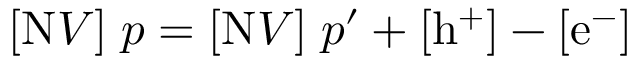
[ \mathrm { N } V ] \; p = [ \mathrm { N } V ] \; p ^ { \prime } + [ \mathrm { h ^ { + } } ] - [ \mathrm { e ^ { - } } ]